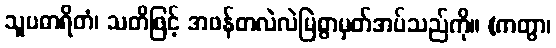
သူပဓာရိတံ၊ သတိဖြင့် အဖန်တလဲလဲမြဲစွာမှတ်အပ်သည်ကို။ (ကတွာ၊